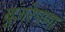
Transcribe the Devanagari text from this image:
बुजरेपणा